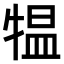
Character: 𤛁